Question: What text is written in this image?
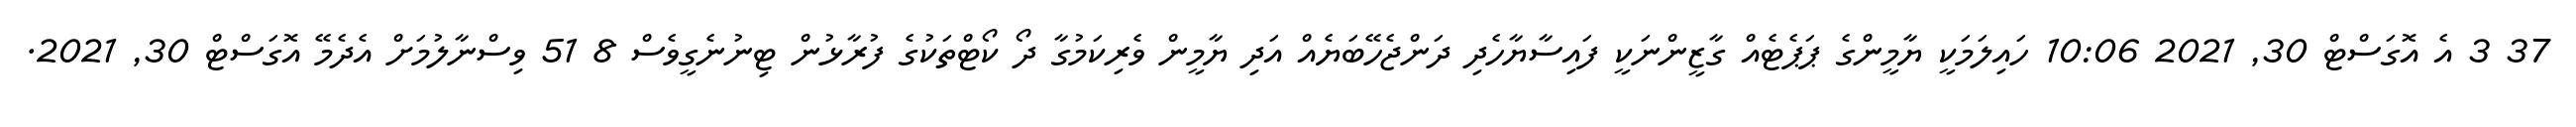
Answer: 37 3 އެ އޮގަސްޓް 30, 2021 10:06 ހައިލަމަކީ ޔާމީންގެ ޕަޕެޓެއް ގާޒީންނަކީ ފައިސާޔާހެދި ދަންޖެހޭބަޔެއް އަދި ޔާމީން ވެރިކަމުގާ ދޯ ކޯޓްތަކުގެ ފުރާޅުން ޓިނުނެގީވެސް 8 51 ވިސްނާލުމަށް އެދެމޭ އޮގަސްޓް 30, 2021.